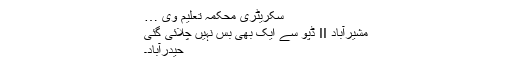
سکریٹری محکمہ تعلیم وی …
مشیرآباد II ڈپو سے ایک بھی بس نہیں چلائی گئی
حیدرآباد۔